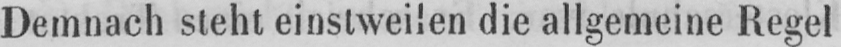
Demnach steht einstweilen die allgemeine Regel